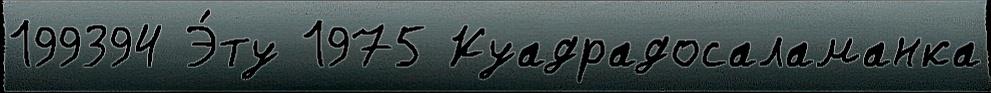
199394 Э́ту 1975 Куадрадосаламанка